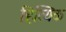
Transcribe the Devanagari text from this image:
हित्यिक